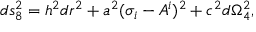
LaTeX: d s _ { 8 } ^ { 2 } = h ^ { 2 } d r ^ { 2 } + a ^ { 2 } ( \sigma _ { i } - A _ { } ^ { i } ) ^ { 2 } + c ^ { 2 } d \Omega _ { 4 } ^ { 2 } ,